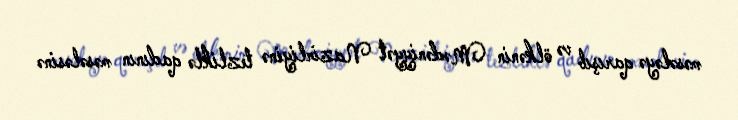
məsələyə qarışıb və ölkənin Mədəniyyət Nazirliyinə tezliklə qadının məsələsinə